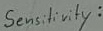
Text: Sensitivity